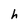
Character: h